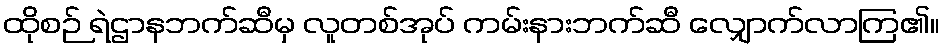
ထိုစဉ် ရဲဌာနဘက်ဆီမှ လူတစ်အုပ် ကမ်းနားဘက်ဆီ လျှောက်လာကြ၏။